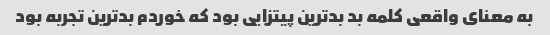
به معنای واقعی کلمه بد بدترین پیتزایی بود که خوردم بدترین تجربه بود